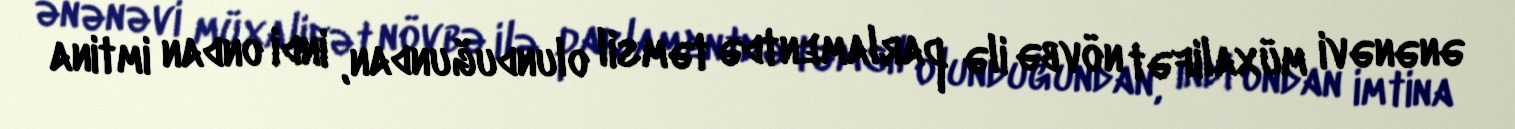
ənənəvi müxalifət növbə ilə parlamentdə təmsil olunduğundan, indi ondan imtina